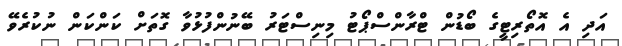
އަދި އެ އޮތޯރިޓީގެ ބޯޑުން ޓްރާންސްޕޯޓު މިނިސްޓަރު ބޭނުންފުޅުވާ ގޮތަށް ކަންކަން ނުކުރެވޭ